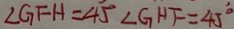
\angle G F H = 4 5 ^ { \circ } \angle G H F = 4 5 ^ { \circ }